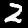
Digit: 2